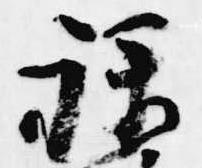
禄